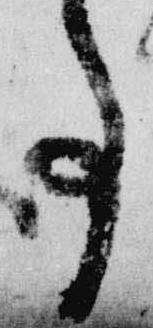
事